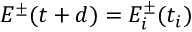
E ^ { \pm } ( t + d ) = E _ { i } ^ { \pm } ( t _ { i } )